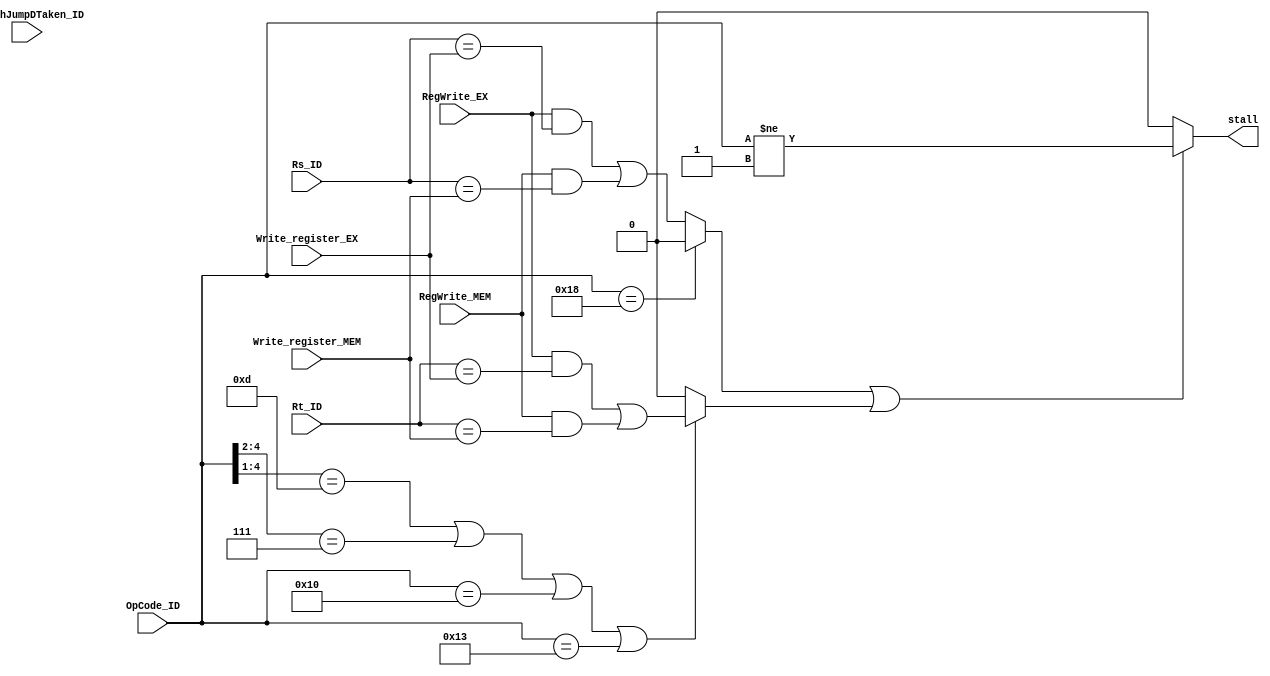
/*
	CS/ECE 552 Spring '22

	Filename        : hazard_detection.v
	Description     : hazard_detection unit
*/
module hazard_detection (
	// Outputs
	stall,
	// Inputs
	OpCode_ID, Rs_ID, Rt_ID,
	Write_register_EX, RegWrite_EX,
	Write_register_MEM, RegWrite_MEM,
	branchJumpDTaken_ID
	);

	input [4:0] OpCode_ID;
	input [2:0] Rs_ID, Rt_ID;
	input [2:0] Write_register_EX, Write_register_MEM;
	input RegWrite_EX;
	input RegWrite_MEM;
	input branchJumpDTaken_ID;
	
	output stall;
	
	wire EX_RAW_Rs, EX_RAW_Rt, MEM_RAW_Rs, MEM_RAW_Rt;
	wire Rt_active;
	wire Rt_stall, Rs_stall;
	
	assign EX_RAW_Rs = RegWrite_EX & (Rs_ID == Write_register_EX);
	assign EX_RAW_Rt = RegWrite_EX & (Rt_ID == Write_register_EX);
	assign MEM_RAW_Rs = RegWrite_MEM & (Rs_ID == Write_register_MEM);
	assign MEM_RAW_Rt = RegWrite_MEM & (Rt_ID == Write_register_MEM);
	
	assign Rt_active = (OpCode_ID[4:1] == 4'b1101) | (OpCode_ID[4:2] == 3'b111) |
					   (OpCode_ID == 5'b10000) | (OpCode_ID == 5'b10011) ;
	
	assign Rs_stall = (OpCode_ID == 5'b11000) ? 1'b0 : (EX_RAW_Rs | MEM_RAW_Rs);
	assign Rt_stall = Rt_active ? (EX_RAW_Rt | MEM_RAW_Rt) : 1'b0;
	
	assign stall = (Rs_stall | Rt_stall) ? ((OpCode_ID != 5'b00001)) : 1'b0;
	
endmodule